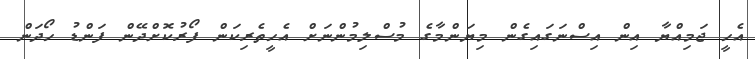
އެހީ ޖަމިއްޔާ އިން އިސްނަގައިގެން މިޔަންމާގެ މުސްލިމުންނަށް އެހީތެރިކަން ފޯރުކޮށްދޭން ފަންޑު ހޯދަން